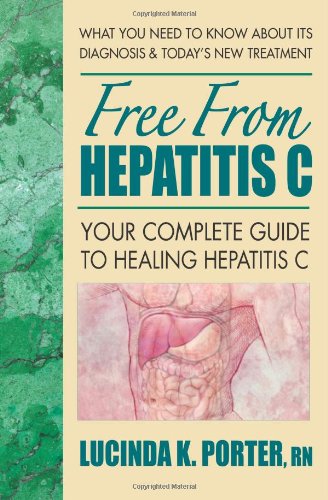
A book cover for Free from Hepatitis C: Your Complete Guide to Healing Hepatitis C; Lucinda K. Porter; Health, Fitness & Dieting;